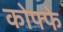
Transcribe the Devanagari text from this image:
कोफ्फे